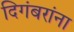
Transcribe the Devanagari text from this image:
दिगंबरांना